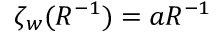
\zeta _ { w } ( R ^ { - 1 } ) = a R ^ { - 1 }